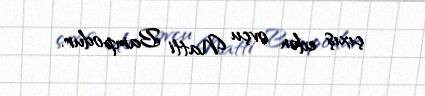
çıxış edən ovçu Natti Bampodur.